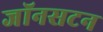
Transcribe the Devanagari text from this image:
जॉनसटन